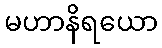
မဟာနိရယော